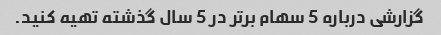
گزارشی درباره 5 سهام برتر در 5 سال گذشته تهیه کنید.